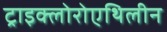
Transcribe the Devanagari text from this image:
ट्राइक्लोरोएथिलीन